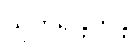
သူကရန္တကန္တိ